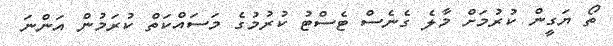
ތޯ ޔަގީން ކުރުމަށް މާލެ ގެނެސް ޓެސްޓު ކުރުމުގެ މަސައްކަތް ކުރަމުން އަންނަ